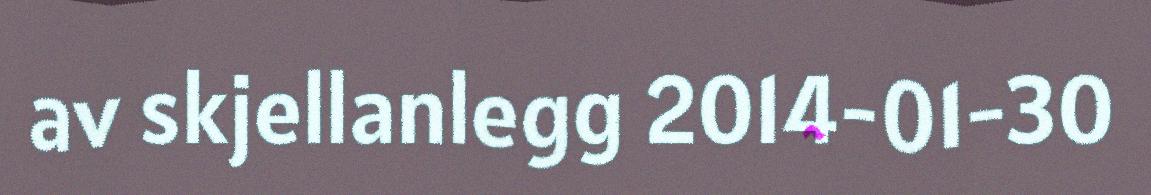
av skjellanlegg 2014-01-30